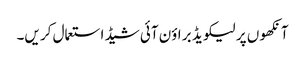
آنکھو ں پر لیکو یڈ بر اؤن آئی شیڈ استعمال کر یں۔